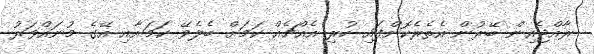
ރާއްޖެއިން ބޭރުން އެތެރެކޮށްފައި ހުރި އެއްޗެއް ކަމަށް ބެލެވޭ ކަމަށާއި އޭގެ މުނައްވަރު